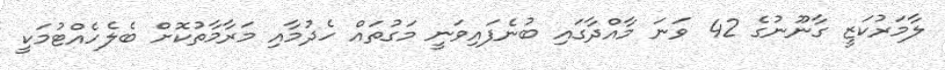
ލާމަރުކަޒީ ގާނޫނުގެ 42 ވަނަ މާއްދާގައި ބުނެފައިވަނީ މަގުތައް ހެދުމާއި މަރާމާތުކޮށް ބެލެހެއްޓުމަކީ